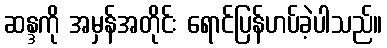
ဆန္ဒကို အမှန်အတိုင်း ရောင်ပြန်ဟပ်ခဲ့ပါသည်။